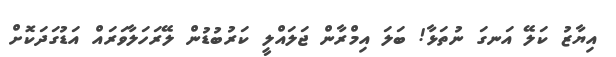
އިޔާޒު ކަލޭ އަނގަ ނުތަޅާ! ބަލަ އިމްރާން ޖަލައްލީ ކަރުބުޑުން ލޭރަހަލާވަރައް އަޑުގަދަކޮށް